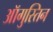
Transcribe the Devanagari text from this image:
ऑगुस्तिन